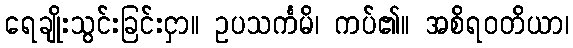
ရေချိုးသွင်းခြင်းငှာ။ ဥပသင်္ကမိ၊ ကပ်၏။ အစိရဝတိယာ၊